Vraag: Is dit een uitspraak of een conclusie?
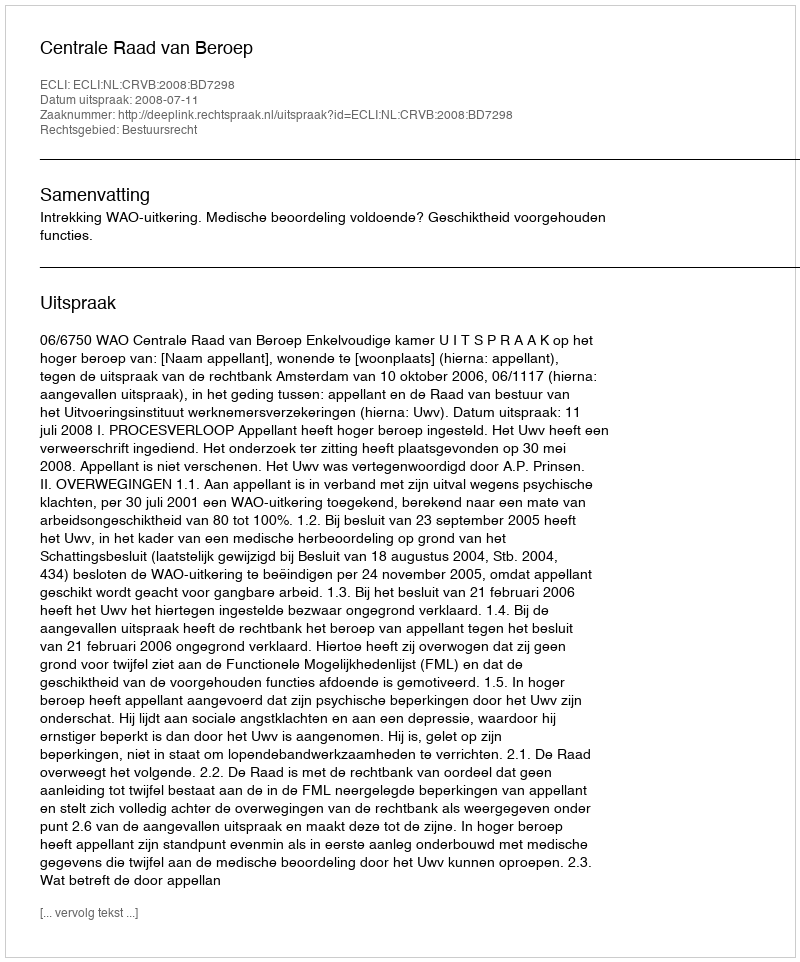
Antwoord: Uitspraak